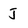
Character: J